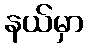
နယ်မှာ